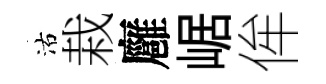
沽栽廱崌侔